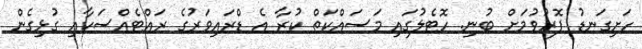
ހަށިގަނޑު ފޮރުވުމަށް ބުނި. ހޮޓެލުގައި މަސައްކަތް ކުރާ އެ ޑްރައިވަރުގެ ރައްޓެއްސަކާއި ގުޅިގެން